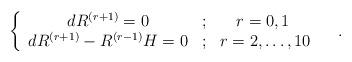
LaTeX: \begin{align*}\left\{ \begin{array}{ccc}dR^{\left( r+1\right) }=0 & ; & r=0,1\; \\ dR^{\left( r+1\right) }-R^{\left( r-1\right) }H=0 & ; & r=2,\ldots ,10\end{array}\right. \quad .\end{align*}